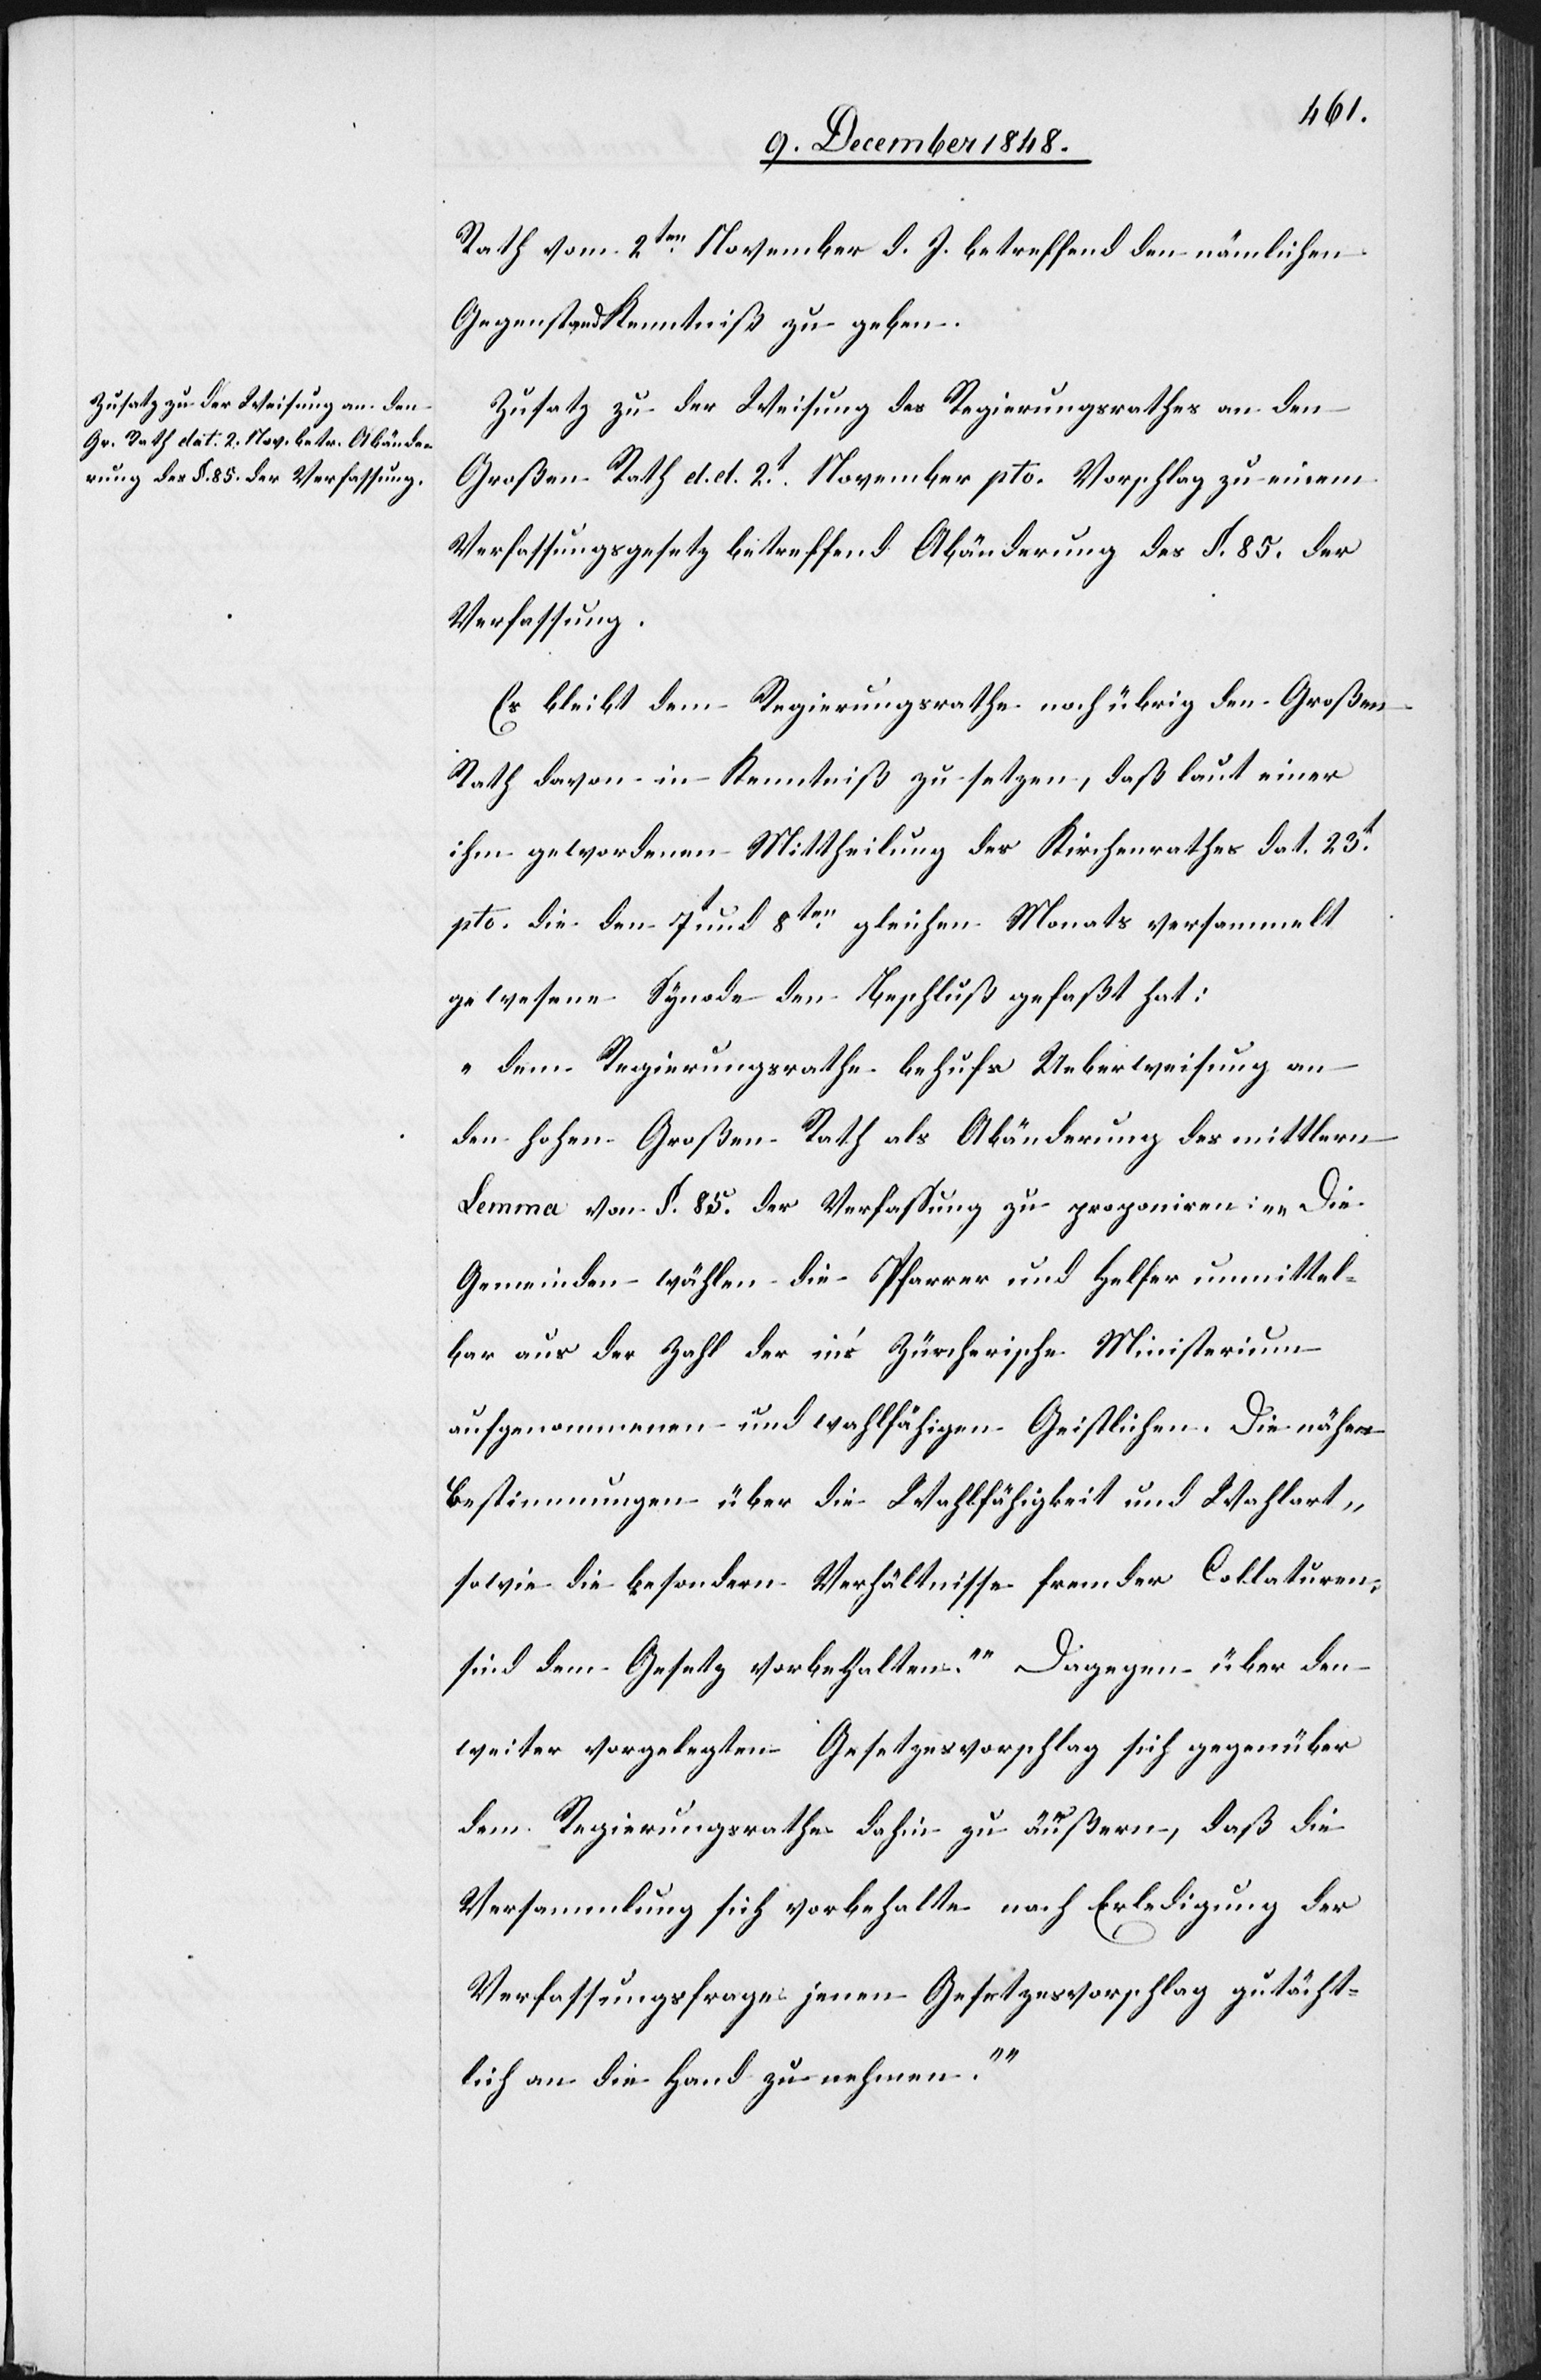
Rath vom 2ten November d. J. betreffend den nämlichen
Gegenstand Kenntniß zu geben.
Zusatz zu der Weisung des Regierungsrathes an den
Großen Rath d. d. 2t November pto. Vorschlag zu einem
Verfassungsgesetz betreffend Abänderung des §. 85. der
Verfassung.
Es bleibt dem Regierungsrathe noch übrig den Großen
Rath davon in Kenntniß zu setzen, daß laut einer
ihm gewordenen Mittheilung des Kirchenrathes dat. 23t
pto. die den 7t und 8ten gleichen Monats versammelt
gewesene Synode den Beschluß gefaßt hat:
„Dem Regierungsrathe behufs Ueberweisung an
den hohen Großen Rath als Abänderung des mittlern
Lemma von §. 85. der Verfassung zu proponiren: „Die
Gemeinden wählen die Pfarrer und Helfer unmittel¬
bar aus der Zahl der in’s Zürcherische Ministerium
aufgenommenen und wahlfähigen Geistlichen. Die nähern
Bestimmungen über die Wahlfähigkeit und Wahlart
sowie die besondern Verhältnisse fremder Collaturen,
sind dem Gesetz vorbehalten.“ Dagegen über den
weiter vorgelegten Gesetzesvorschlag sich gegenüber
dem Regierungsrathe dahin zu äußern, daß die
Versammlung sich vorbehalte nach Erledigung der
Verfassungsfrage jenen Gesetzesvorschlag gutächt¬
lich an die Hand zu nehmen.“